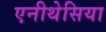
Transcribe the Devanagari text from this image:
एनीथेसिया